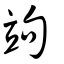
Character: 竘